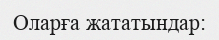
Оларға жататындар: